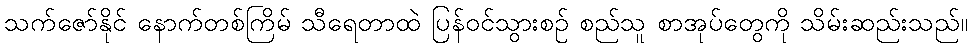
သက်ဇော်နိုင် နောက်တစ်ကြိမ် သီရေတာထဲ ပြန်ဝင်သွားစဉ် စည်သူ စာအုပ်တွေကို သိမ်းဆည်းသည်။